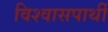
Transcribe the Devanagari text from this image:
विश्वासपार्थी